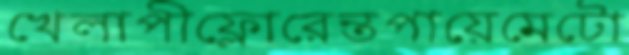
খেলাপীফ্লোরেন্তপায়েমেটো